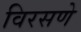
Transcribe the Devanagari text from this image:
विरसणे